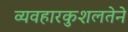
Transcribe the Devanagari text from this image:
व्यवहारकुशलतेने